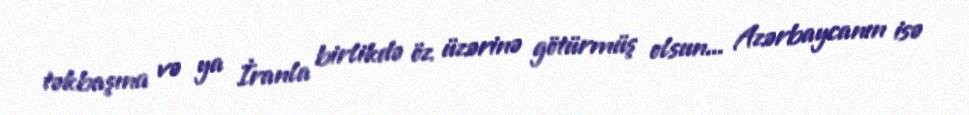
təkbaşına və ya İranla birlikdə öz üzərinə götürmüş olsun... Azərbaycanın isə